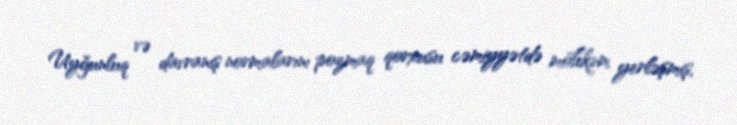
Uyğunluq və davranış normalarını pozmaq qorxusu cəmiyyətdə möhkəm yerləşmiş,